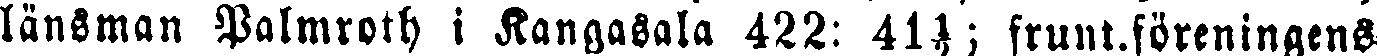
länsman Palmroth i Kangasala 422: 41½; frunt.föreningens